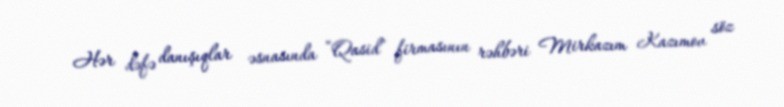
Hər dəfə danışıqlar əsnasında “Qasid” firmasının rəhbəri Mirkazım Kazımov söz